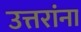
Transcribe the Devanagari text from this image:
उत्तरांना